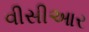
વીસીઆર